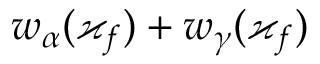
w _ { \alpha } ( \varkappa _ { f } ) + w _ { \gamma } ( \varkappa _ { f } )